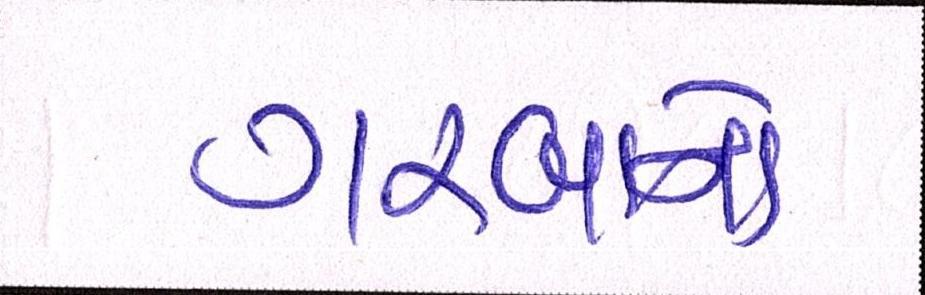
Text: ગરબાનો